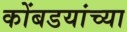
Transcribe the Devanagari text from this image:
कोंबडयांच्या